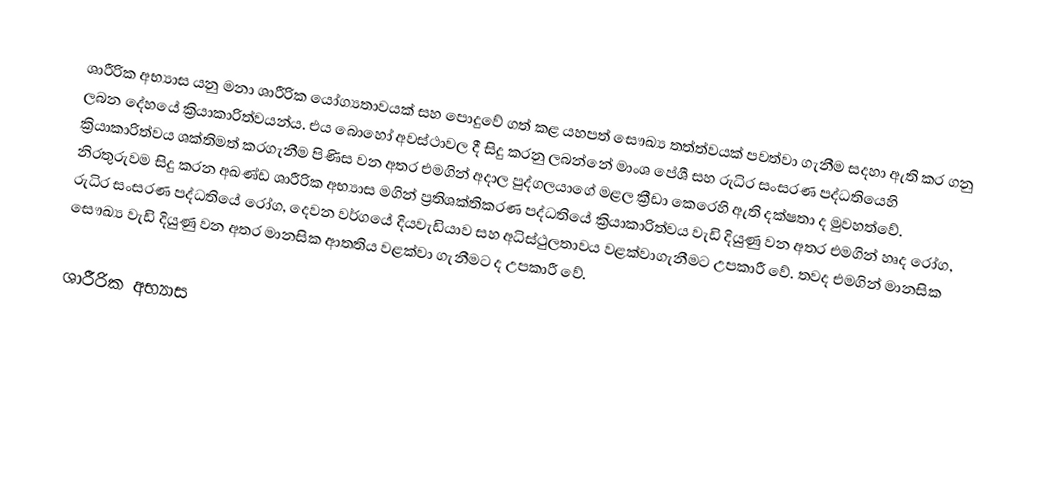
ශාරීරික අභ්‍යාස යනු මනා ශාරීරික යෝග්‍යතාවයක් සහ පොදුවේ ගත් කළ යහපත් සෞඛ්‍ය තත්ත්වයක් පවත්වා ගැනීම සදහා ඇති කර ගනු ලබන දේහයේ ක්‍රියාකාරිත්වයන්ය. එය බොහෝ අවස්ථාවල දී සිදු කරනු ලබන්නේ මාංශ පේශී සහ රුධිර සංසරණ පද්ධතියෙහි ක්‍රියාකාරිත්වය ශක්තිමත් කරගැනීම පිණිස වන අතර එමගින් අදාල පුද්ගලයාගේ මළල ක්‍රීඩා කෙරෙහි ඇති දක්ෂතා ද මුවහත්වේ. නිරතුරුවම සිදු කරන අඛණ්ඩ ශාරීරික අභ්‍යාස මගින් ප්‍රතිශක්තිකරණ පද්ධතියේ ක්‍රියාකාරිත්වය වැඩි දියුණු වන අතර එමගින් හෘද රෝග, රුධිර සංසරණ පද්ධතියේ රෝග, දෙවන වර්ගයේ දියවැඩියාව සහ අධිස්ථුලතාවය වළක්වාගැනීමට උපකාරී වේ. තවද එමගින් මානසික සෞඛ්‍ය වැඩි දියුණු වන අතර මානසික ආතතිය වළක්වා ගැනීමට ද උපකාරී වේ.

ශාරීරික අභ්‍යාස